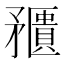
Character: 𥎛